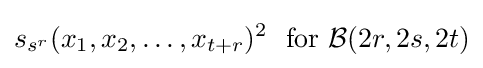
s_{s^{r}}(x_{1},x_{2},\ldots ,x_{t+r})^{2}\ {\text{ for }}{\mathcal {B}}(2r,2s,2t)